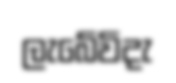
ලැබේවිදැ